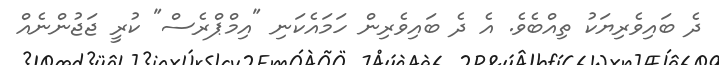
ދެ ބައިވެރިޔަކު ތިއްބެވެ. އެ ދެ ބައިވެރިން ހަމައެކަނި "އިމްޕްރެސް" ކުރީ ޖަޖުންނެއް